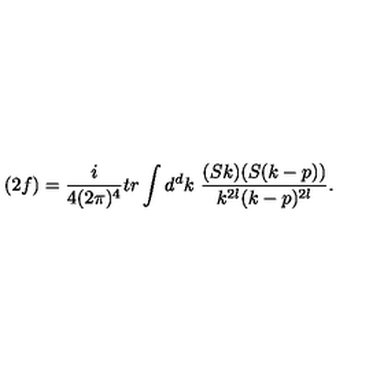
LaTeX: ( 2 f ) = \frac { i } { 4 ( 2 \pi ) ^ { 4 } } t r \int d ^ { d } k \ \frac { ( S k ) ( S ( k - p ) ) } { k ^ { 2 l } ( k - p ) ^ { 2 l } } .